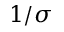
1 / \sigma